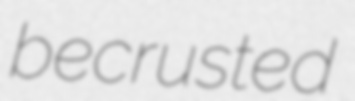
becrusted